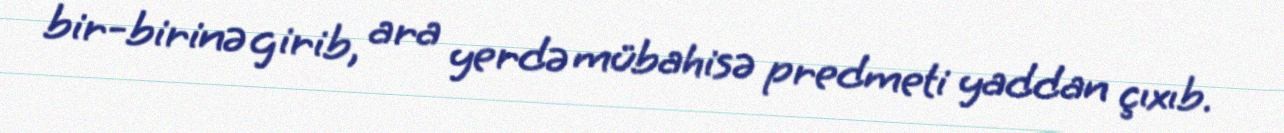
bir-birinə girib, ara yerdə mübahisə predmeti yaddan çıxıb.